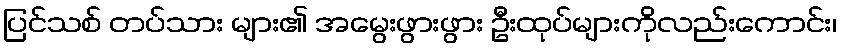
ပြင်သစ် တပ်သား များ၏ အမွေးဖွားဖွား ဦးထုပ်များကိုလည်းကောင်း၊